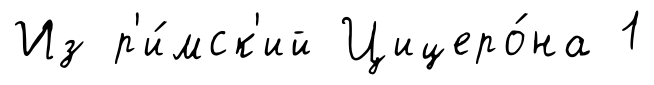
Из р'и́мск'ий Цицеро́на 1